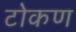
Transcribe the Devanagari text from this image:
टोकण